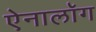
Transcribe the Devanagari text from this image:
ऐनालॉग